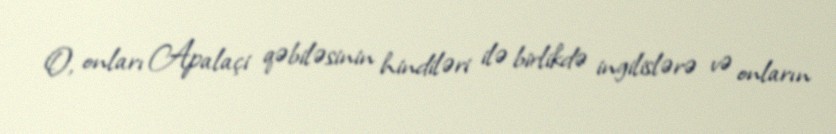
O, onları Apalaçi qəbiləsinin hindiləri ilə birlikdə ingilislərə və onların